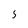
Character: 5